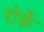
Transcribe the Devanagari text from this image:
रोर्के